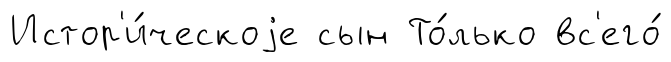
Истор'и́ческоjе сын То́лько вс'его́